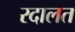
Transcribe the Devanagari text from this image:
रदालत